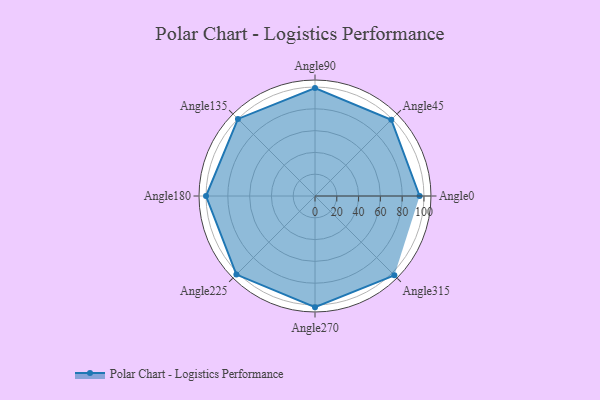
{"axis": {"x": "Angle", "y": "Radius"}, "legend": [""], "data": [{"x": "Angle0", "y": 96.0, "type": ""}, {"x": "Angle45", "y": 99.0, "type": ""}, {"x": "Angle90", "y": 99.0, "type": ""}, {"x": "Angle135", "y": 100.0, "type": ""}, {"x": "Angle180", "y": 100.0, "type": ""}, {"x": "Angle225", "y": 102.0, "type": ""}, {"x": "Angle270", "y": 102.0, "type": ""}, {"x": "Angle315", "y": 103.0, "type": ""}]}